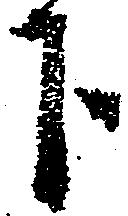
下